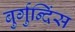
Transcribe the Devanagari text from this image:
बुर्गुन्दिंस